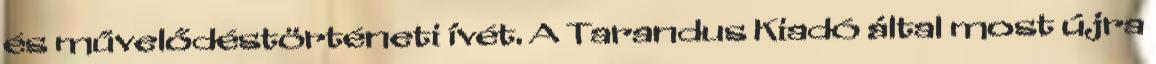
és művelődéstörténeti ívét. A Tarandus Kiadó által most újra